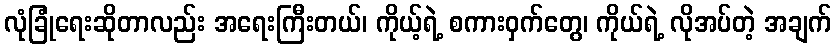
လုံခြုံရေးဆိုတာလည်း အရေးကြီးတယ်၊ ကိုယ့်ရဲ့ စကားဝှက်တွေ၊ ကိုယ်ရဲ့ လိုအပ်တဲ့ အချက်